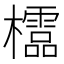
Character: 𣠄